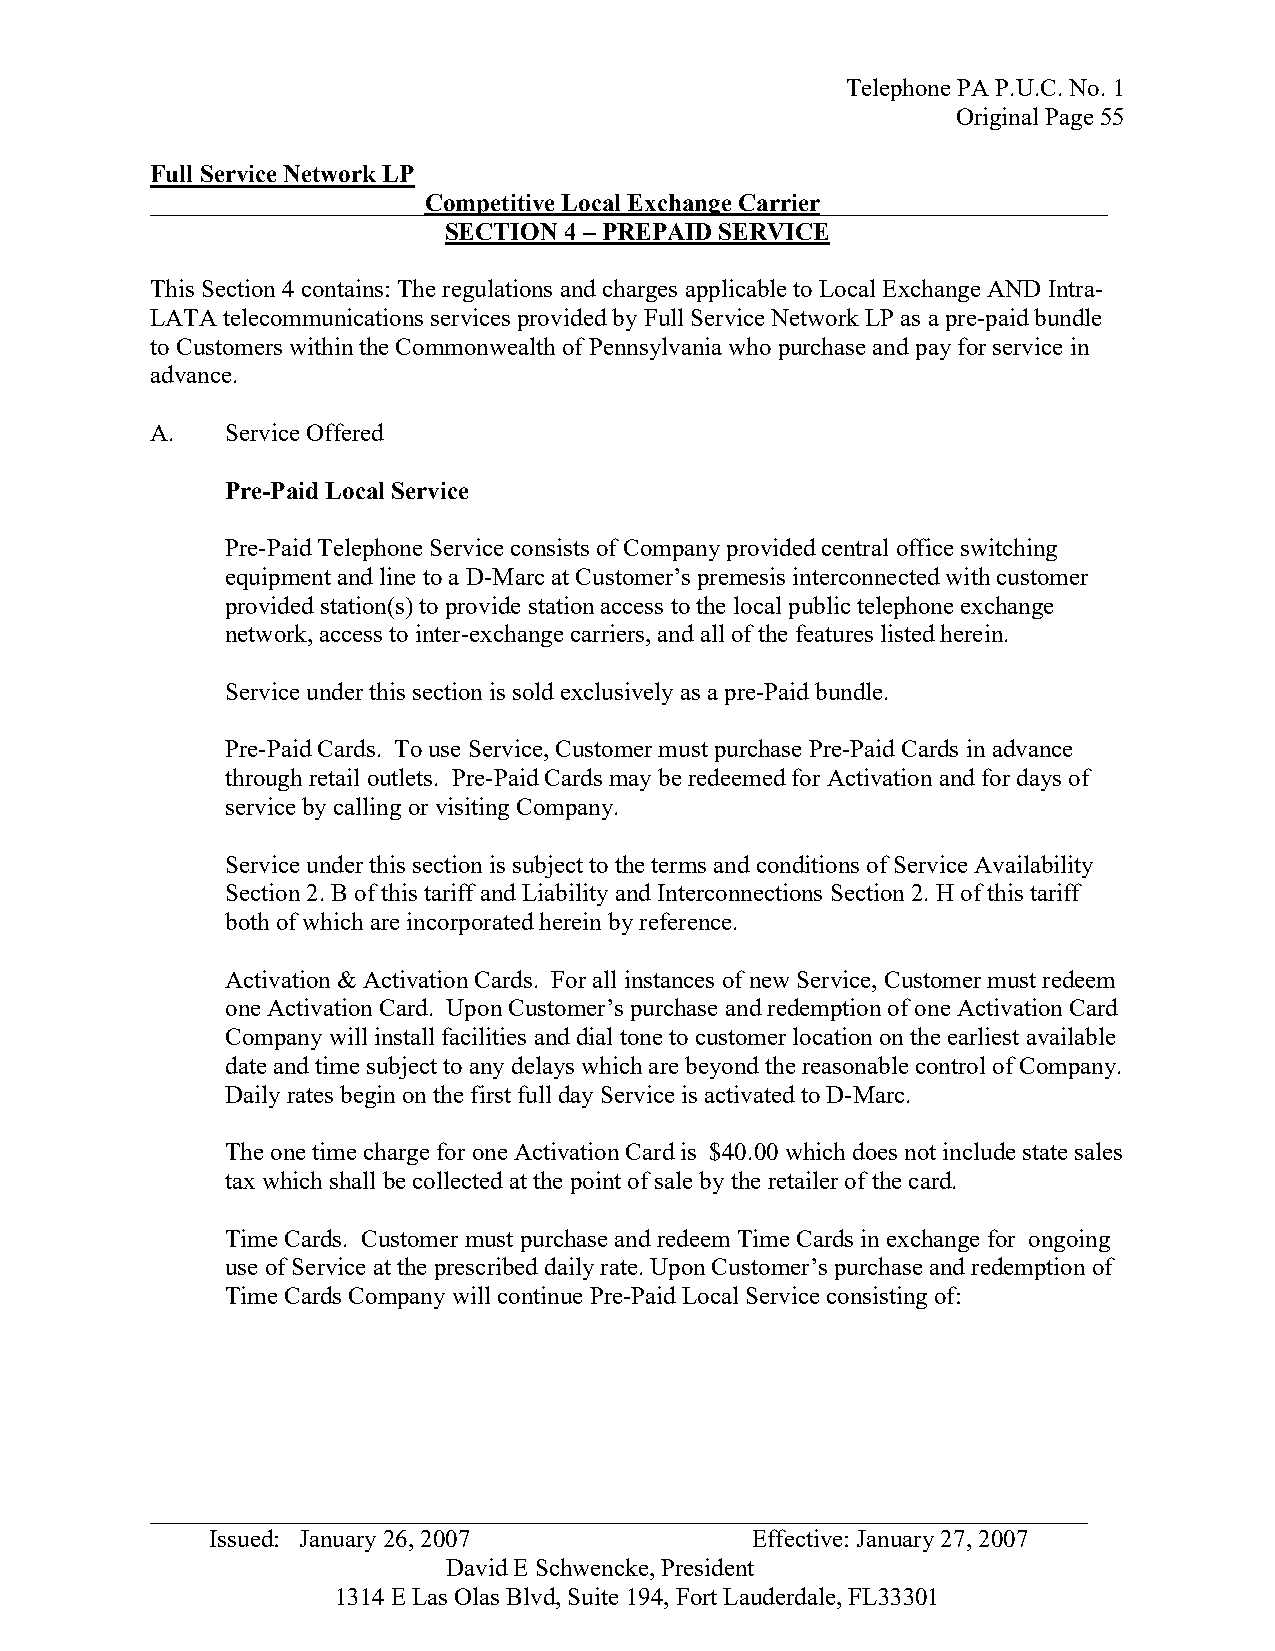
Telephone PA P.U.C. No. 1
 Original Page 55
 Full Service Network LP
 ______________________Competitive Local Exchange Carrier_______________________
 SECTION 4 – PREPAID SERVICE
 This Section 4 contains: The regulations and charges applicable to Local Exchange AND Intra-
 LATA telecommunications services provided by Full Service Network LP as a pre-paid bundle
 to Customers within the Commonwealth of Pennsylvania who purchase and pay for service in
 advance.
 A.   Service Offered
 Pre-Paid Local Service
 Pre-Paid Telephone Service consists of Company provided central office switching
 equipment and line to a D-Marc at Customer’s premesis interconnected with customer
 provided station(s) to provide station access to the local public telephone exchange
 network, access to inter-exchange carriers, and all of the features listed herein.
 Service under this section is sold exclusively as a pre-Paid bundle.
 Pre-Paid Cards. To use Service, Customer must purchase Pre-Paid Cards in advance
 through retail outlets. Pre-Paid Cards may be redeemed for Activation and for days of
 service by calling or visiting Company.
 Service under this section is subject to the terms and conditions of Service Availability
 Section 2. B of this tariff and Liability and Interconnections Section 2. H of this tariff
 both of which are incorporated herein by reference.
 Activation & Activation Cards. For all instances of new Service, Customer must redeem
 one Activation Card. Upon Customer’s purchase and redemption of one Activation Card
 Company will install facilities and dial tone to customer location on the earliest available
 date and time subject to any delays which are beyond the reasonable control of Company.
 Daily rates begin on the first full day Service is activated to D-Marc.
 The one time charge for one Activation Card is $40.00 which does not include state sales
 tax which shall be collected at the point of sale by the retailer of the card.
 Time Cards. Customer must purchase and redeem Time Cards in exchange for ongoing
 use of Service at the prescribed daily rate. Upon Customer’s purchase and redemption of
 Time Cards Company will continue Pre-Paid Local Service consisting of:
 _ __________________________________________________________________________
 Issued: January 26, 2007            Effective: January 27, 2007
 David E Schwencke, President
 1314 E Las Olas Blvd, Suite 194, Fort Lauderdale, FL33301